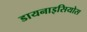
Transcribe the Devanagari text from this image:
डायनाइसियोस